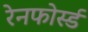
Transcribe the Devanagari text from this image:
रेनफोर्स्ड